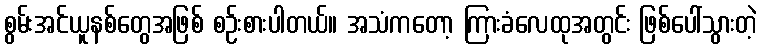
စွမ်းအင်ယူနစ်တွေအဖြစ် စဉ်းစားပါတယ်။ အသံကတော့ ကြားခံလေထုအတွင်း ဖြစ်ပေါ်သွားတဲ့